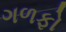
ગળફો